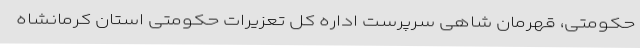
حکومتی، قهرمان شاهی سرپرست اداره کل تعزیرات حکومتی استان کرمانشاه